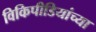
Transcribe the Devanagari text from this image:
विकिपीडियांच्या